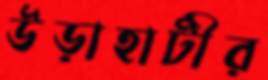
উড়াহাটীর